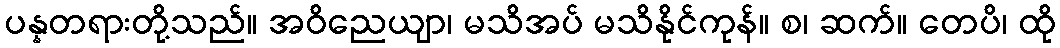
ပန္နတရားတို့သည်။ အဝိညေယျာ၊ မသိအပ် မသိနိုင်ကုန်။ စ၊ ဆက်။ တေပိ၊ ထို